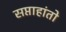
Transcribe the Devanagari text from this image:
सप्ताहांतो